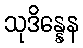
သုဒိန္နေန